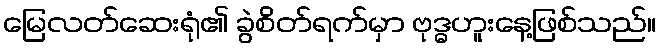
မြေလတ်ဆေးရုံ၏ ခွဲစိတ်ရက်မှာ ဗုဒ္ဓဟူးနေ့ဖြစ်သည်။